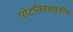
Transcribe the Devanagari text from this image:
पोटनिवडणुकींत